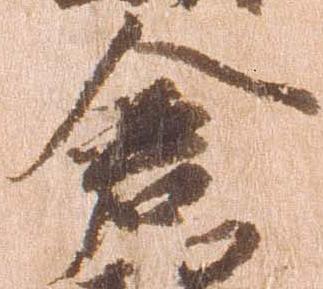
倉